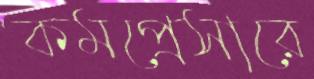
কমপ্রেসারে